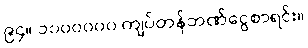
၉၄။ ၁၀၀၀၀၀၀ ကျပ်တန်ဘဏ်ငွေစာရင်း။